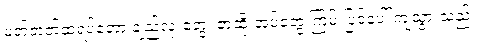
မတ်တတ်ထရပ်တော့ ချည်လုံးတွေ၊ ဇာထိုးအပ်တွေ ကြမ်းပြင်ပေါ် ကျသွားသည်။